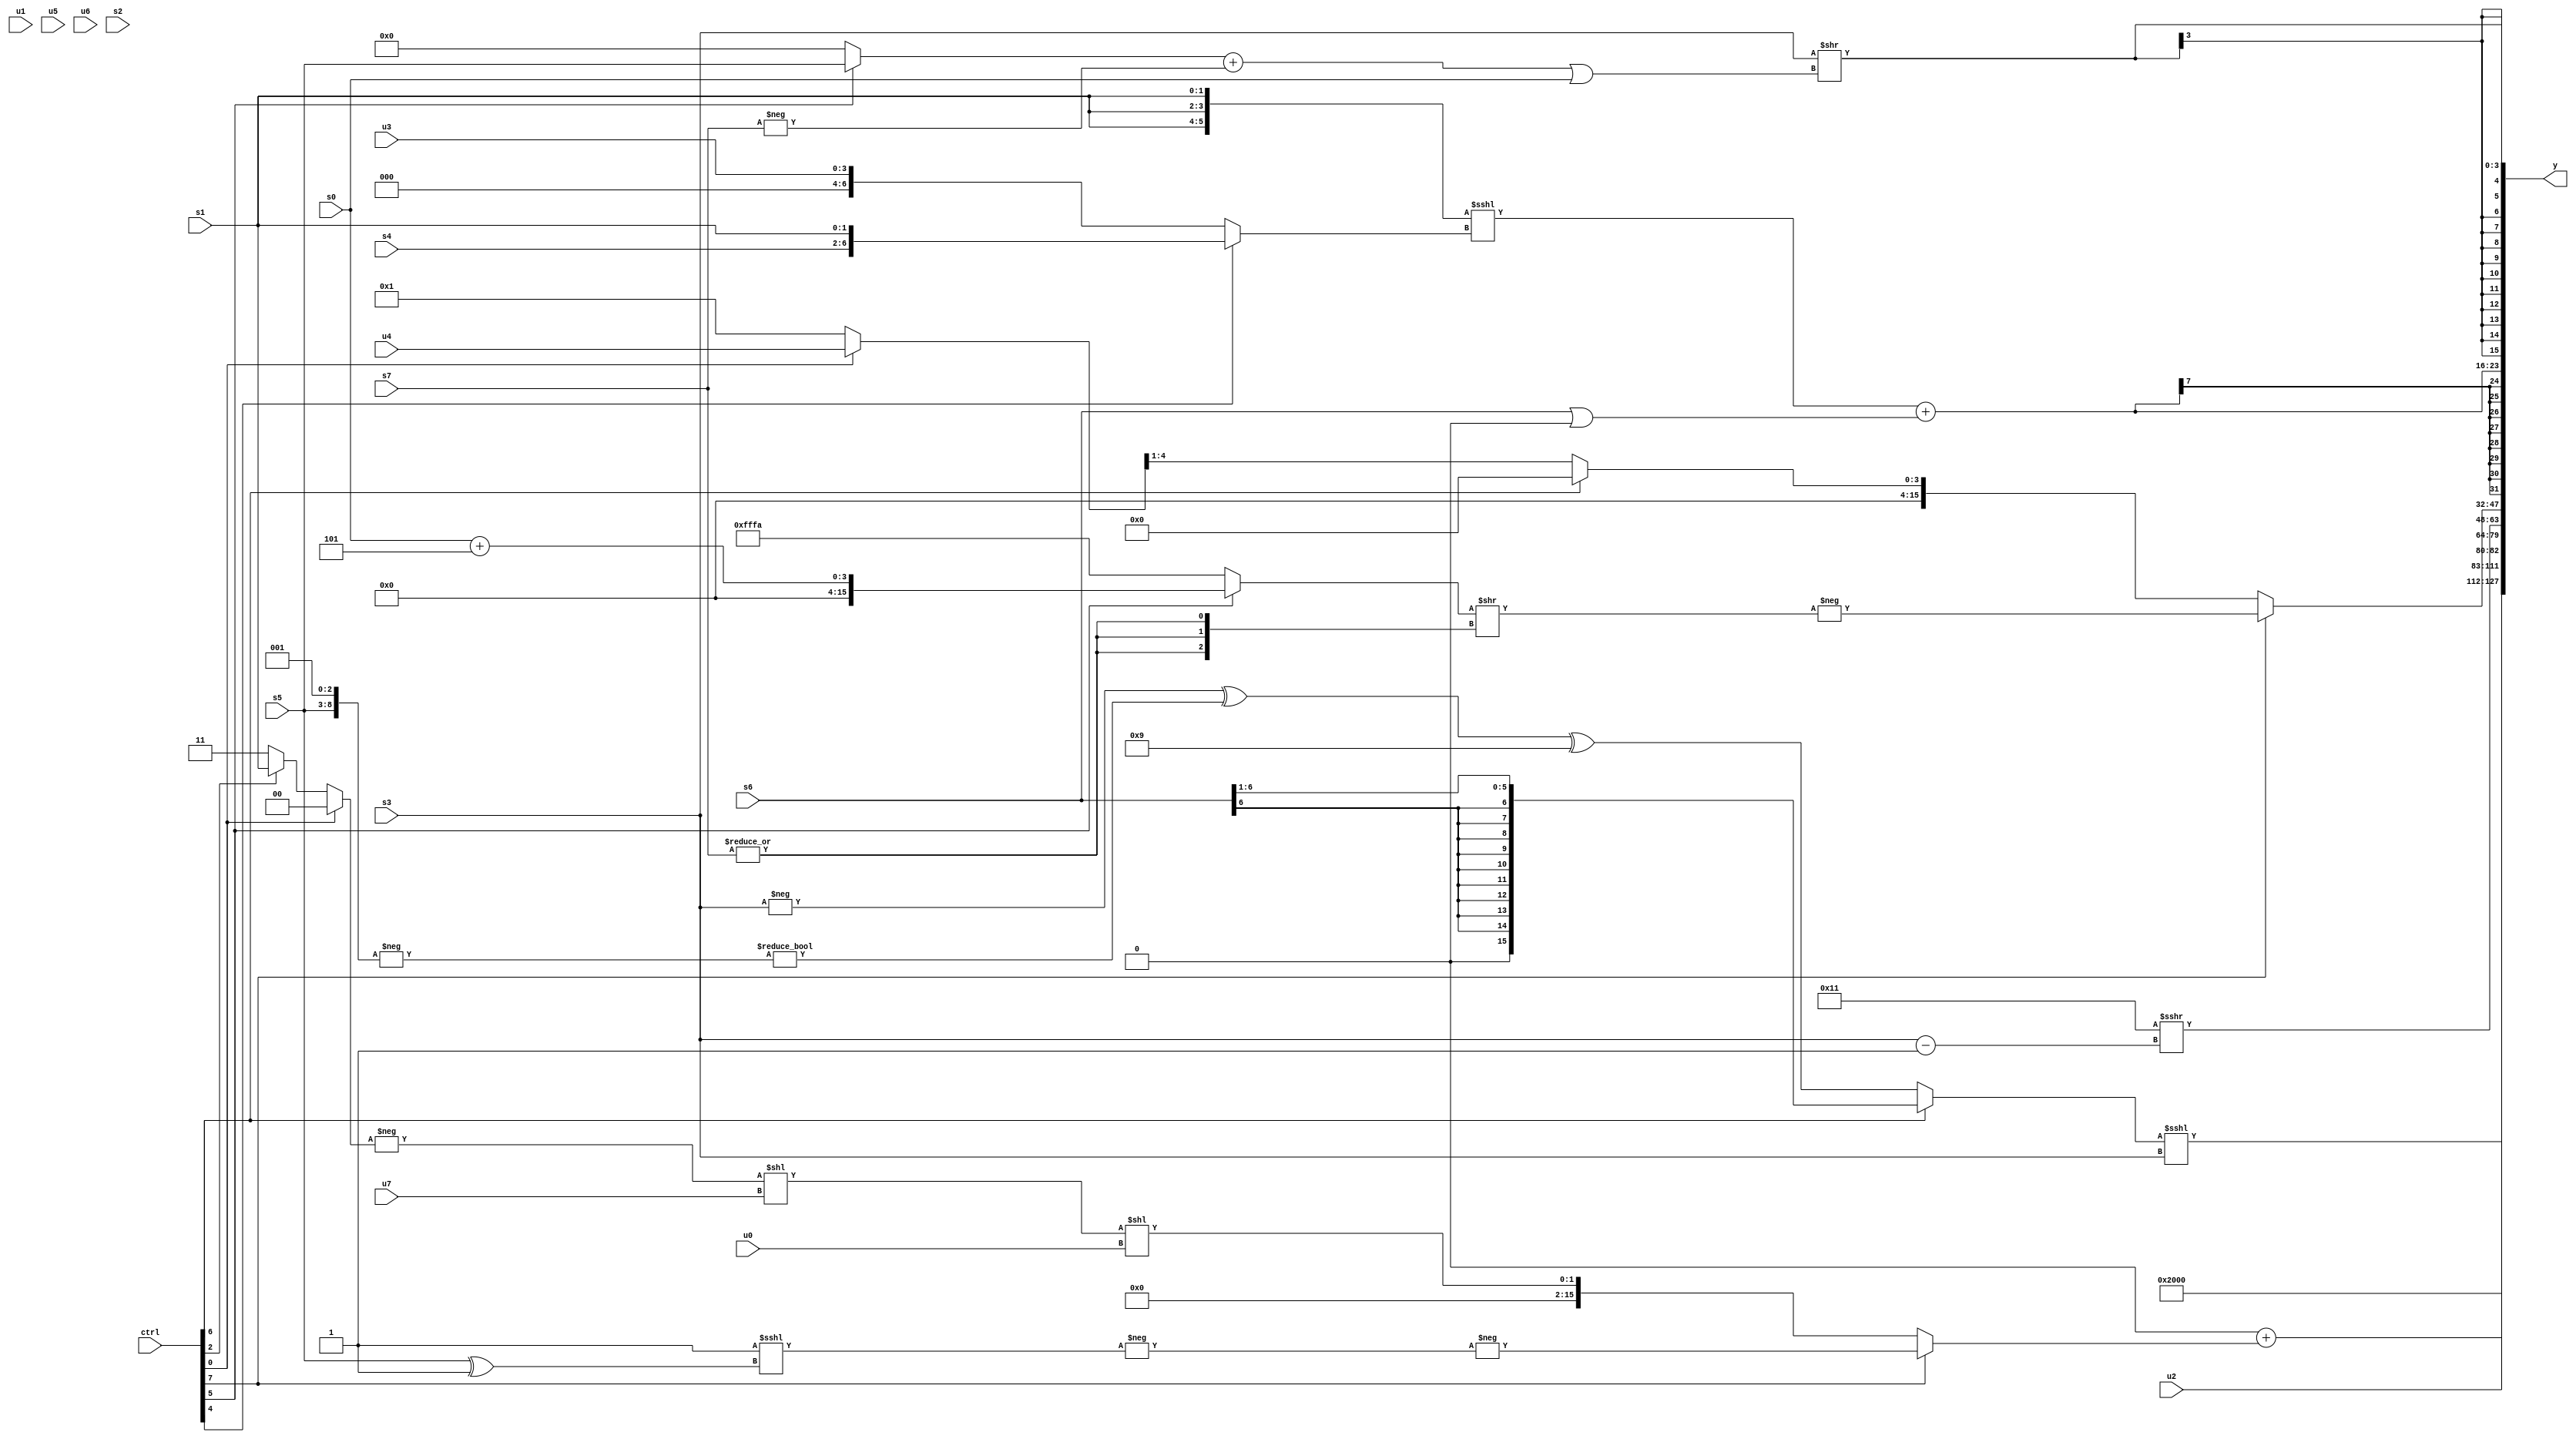
module wideexpr_00482(ctrl, u0, u1, u2, u3, u4, u5, u6, u7, s0, s1, s2, s3, s4, s5, s6, s7, y);
  input [7:0] ctrl;
  input [0:0] u0;
  input [1:0] u1;
  input [2:0] u2;
  input [3:0] u3;
  input [4:0] u4;
  input [5:0] u5;
  input [6:0] u6;
  input [7:0] u7;
  input signed [0:0] s0;
  input signed [1:0] s1;
  input signed [2:0] s2;
  input signed [3:0] s3;
  input signed [4:0] s4;
  input signed [5:0] s5;
  input signed [6:0] s6;
  input signed [7:0] s7;
  output [127:0] y;
  wire [15:0] y0;
  wire [15:0] y1;
  wire [15:0] y2;
  wire [15:0] y3;
  wire [15:0] y4;
  wire [15:0] y5;
  wire [15:0] y6;
  wire [15:0] y7;
  assign y = {y0,y1,y2,y3,y4,y5,y6,y7};
  assign y0 = ((ctrl[6]?(s6)>>(-(2'sb11)):((-(s3))^($signed((1'sb0)!=(-({s5,3'sb001})))))^(5'sb11001)))<<<(s3);
  assign y1 = 2'b01;
  assign y2 = u2;
  assign y3 = ($signed(1'sb0))+((ctrl[7]?-(-((~&(+(4'sb1001)))<<<(($signed(s5))^(+($signed((6'sb011100)>=(5'sb10011))))))):$signed(((-((ctrl[0]?2'sb00:(ctrl[2]?(s1)<<(1'b0):(ctrl[6]?1'sb1:1'sb1)))))<<(u7))<<(u0))));
  assign y4 = (6'sb110001)>>>((s3)-(3'sb111));
  assign y5 = (ctrl[7]?-(((ctrl[5]?(s0)+(3'sb101):-(3'b110)))>>({3{|(s7)}})):(ctrl[6]?1'sb0:($signed((ctrl[0]?u4:3'b001)))>>>(+(1'sb1))));
  assign y6 = ($signed(({3{s1}})<<<($signed((ctrl[4]?{s4,s1}:{1{u3}})))))+((s6)|(((ctrl[7]?(ctrl[6]?(s5)<<(2'sb01):+(s1)):2'sb11))<<(6'sb011000)));
  assign y7 = $signed((+($signed(s3)))>>((((ctrl[5]?s5:6'sb000000))+($signed(-(s7))))|(+(s0))));
endmodule